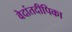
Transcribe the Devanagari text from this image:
वेदांतदीपिका